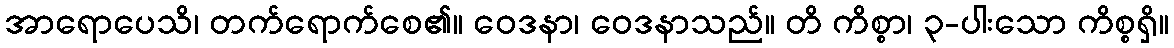
အာရောပေသိ၊ တက်ရောက်စေ၏။ ဝေဒနာ၊ ဝေဒနာသည်။ တိ ကိစ္စာ၊ ၃-ပါးသော ကိစ္စရှိ။